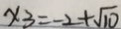
x _ { 3 } = - 2 + \sqrt { 1 0 }